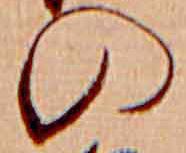
の